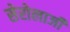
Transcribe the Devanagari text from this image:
सेरोलाजी